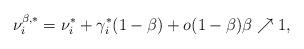
LaTeX: \begin{align*}\nu_i^{\beta, *} = \nu^*_i + \gamma_i^* (1-\beta) + o(1-\beta) \beta \nearrow 1,\end{align*}